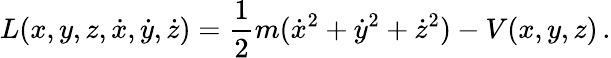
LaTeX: L(x,y,z,{\dot{x}},{\dot{y}},{\dot{z}})={\frac{1}{2}}m({\dot{x}}^{2}+{\dot{y}}^{2}+{\dot{z}}^{2})-V(x,y,z)\, .